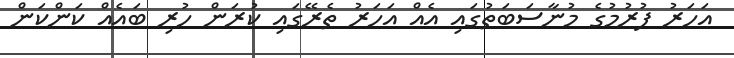
އަހަރު ފުރުމުގެ މުނާސަބަތުގައި އެއް އަހަރު ތެރޭގައި ކުރަން ހުރި ބައެއް ކަންކަން